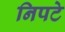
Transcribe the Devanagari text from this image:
निपटे